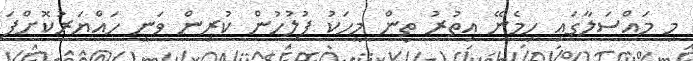
މި މައްސަލާގައި ހިމެނޭ އިތުރު ތިން މީހަކު ފުލުހުން ކުރިން ވަނީ ހައްޔަރުކޮށްފަ